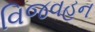
વિજવહન